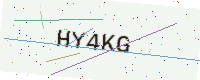
Text: HY4KG